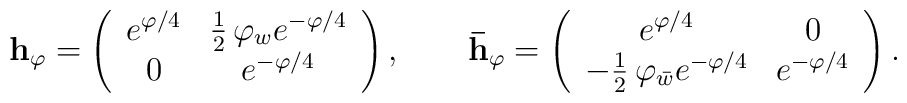
{\bf h_\varphi} = \left(\begin{array}{cc}e^{\varphi/4} & {1\over 2}\,\varphi_w e^{-\varphi/4} \\0 & e^{-\varphi/4} \end{array} \right),\qquad{\bf \bar{h}_\varphi} = \left(\begin{array}{cc}e^{\varphi/4} & 0 \\-{1\over 2}\,\varphi_{\bar{w}} e^{-\varphi/4} & e^{-\varphi/4} \end{array} \right).